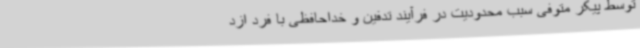
توسط پیکر متوفی سبب محدودیت در فرآیند تدفین و خداحافظی با فرد ازد